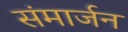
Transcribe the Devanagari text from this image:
संमार्जन